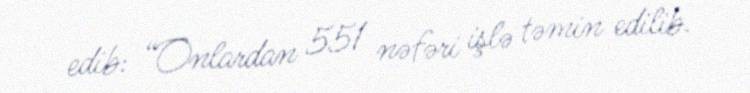
edib: “Onlardan 551 nəfəri işlə təmin edilib.